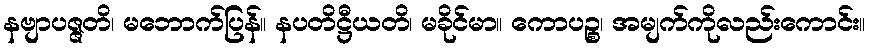
နဗျာပဇ္ဇတိ၊ မဘောက်ပြန်။ နပတိဋ္ဌီယတိ၊ မခိုင်မာ။ ကောပဉ္စ၊ အမျက်ကိုလည်းကောင်း။